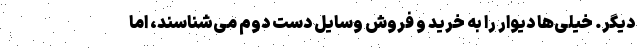
دیگر. خیلی‌ها دیوار را به خرید و فروش وسایل دست دوم می‌شناسند، اما